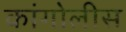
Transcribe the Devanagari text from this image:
कांगोलीस